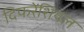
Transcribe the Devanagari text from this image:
दिफरेंशियल